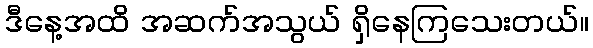
ဒီနေ့အထိ အဆက်အသွယ် ရှိနေကြသေးတယ်။